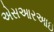
એસઆરઆઇ